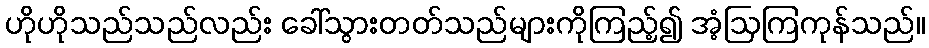
ဟိုဟိုသည်သည်လည်း ခေါ်သွားတတ်သည်များကိုကြည့်၍ အံ့ဩကြကုန်သည်။